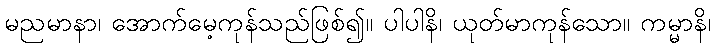
မညမာနာ၊ အောက်မေ့ကုန်သည်ဖြစ်၍။ ပါပါနိ၊ ယုတ်မာကုန်သော။ ကမ္မာနိ၊